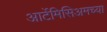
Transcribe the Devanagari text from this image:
आर्टेमिसिअमच्या